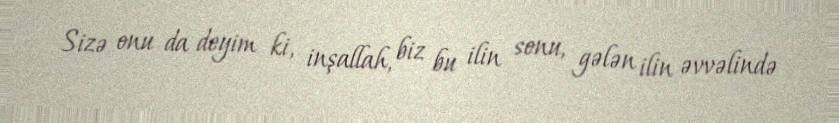
Sizə onu da deyim ki, inşallah, biz bu ilin sonu, gələn ilin əvvəlində